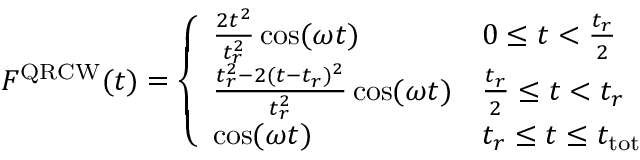
F ^ { \mathrm { Q R C W } } ( t ) = \left\{ \begin{array} { l l } { \frac { 2 t ^ { 2 } } { t _ { r } ^ { 2 } } \cos ( \omega t ) } & { 0 \leq t < \frac { t _ { r } } { 2 } } \\ { \frac { t _ { r } ^ { 2 } - 2 ( t - t _ { r } ) ^ { 2 } } { t _ { r } ^ { 2 } } \cos ( \omega t ) } & { \frac { t _ { r } } { 2 } \leq t < t _ { r } } \\ { \cos ( \omega t ) } & { t _ { r } \leq t \leq t _ { \mathrm { t o t } } } \end{array} \right.